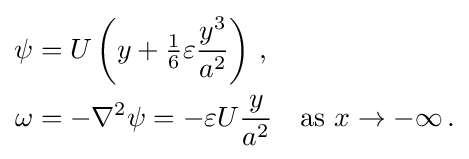
{\begin{aligned}\psi &=U\left(y+{\tfrac {1}{6}}\varepsilon {\frac {y^{3}}{a^{2}}}\right)\,,\\\omega &=-\nabla ^{2}\psi =-\varepsilon U{\frac {y}{a^{2}}}\quad {\text{as }}x\rightarrow -\infty \,.\end{aligned}}